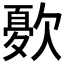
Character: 𭭓